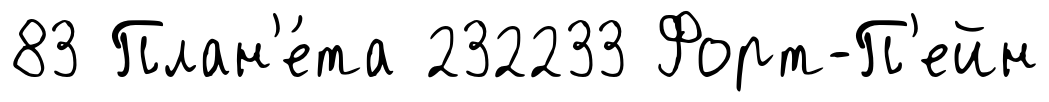
83 План'е́та 232233 Форт-П'ейн